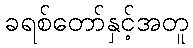
ခရစ်တော်နှင့်အတူ